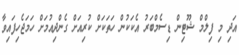
އަދި މި ފިލްމް ޝޫޓިން ޑިސެމްބަރު އެކަކުން ހަތަކަށް ކުރިއަށް ގެންދިއުމަށް ހަމަޖެހިފައިވާ